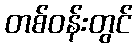
တစ်ဝန်းတွင်